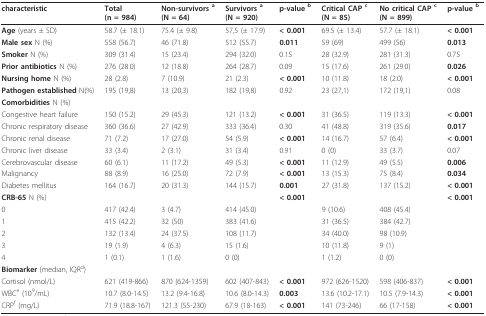
<table><thead><tr><td><b>characteristic</b></td><td><b>Total(n = 984)</b></td><td><b>Non-survivors <sup>a</sup>(N = 64)</b></td><td><b>Survivors <sup>a</sup>(N = 920)</b></td><td><b>p-value <sup>b</sup></b></td><td><b>Critical CAP <sup>c</sup>(N = 85)</b></td><td><b>No critical CAP <sup>c</sup>(N = 899)</b></td><td><b>p-value <sup>b</sup></b></td></tr></thead><tbody><tr><td><b>Age </b>(years ± SD)</td><td>58.7 (± 18.1)</td><td>75.4 (± 9.8)</td><td>57,5 (± 17.9)</td><td><b>&lt; 0.001</b></td><td>69.5 (± 13.4)</td><td>57.7 (± 18.1)</td><td><b>&lt; 0.001</b></td></tr><tr><td><b>Male sex </b>N (%)</td><td>558 (56.7)</td><td>46 (71.8)</td><td>512 (55.7)</td><td><b>0.011</b></td><td>59 (69)</td><td>499 (56)</td><td><b>0.013</b></td></tr><tr><td><b>Smoker </b>N (%)</td><td>309 (31.4)</td><td>15 (23.4)</td><td>294 (32.0)</td><td>0.15</td><td>28 (32.9)</td><td>281 (31.3)</td><td>0.75</td></tr><tr><td><b>Prior antibiotics </b>N (%)</td><td>276 (28.0)</td><td>12 (18.8)</td><td>264 (28.7)</td><td>0.09</td><td>15 (17.6)</td><td>261 (29.0)</td><td><b>0.026</b></td></tr><tr><td><b>Nursing home </b>N (%)</td><td>28 (2.8)</td><td>7 (10.9)</td><td>21 (2.3)</td><td><b>&lt; 0.001</b></td><td>10 (11.8)</td><td>18 (2.0)</td><td><b>&lt; 0.001</b></td></tr><tr><td><b>Pathogen established </b>N(%)</td><td>195 (19,8)</td><td>13 (20,3)</td><td>182 (19,8)</td><td>0.92</td><td>23 (27,1)</td><td>172 (19,1)</td><td>0.08</td></tr><tr><td><b>Comorbidities </b>N (%)</td><td></td><td></td><td></td><td></td><td></td><td></td><td></td></tr><tr><td>Congestive heart failure</td><td>150 (15.2)</td><td>29 (45.3)</td><td>121 (13.2)</td><td><b>&lt; 0.001</b></td><td>31 (36.5)</td><td>119 (13.3)</td><td><b>&lt; 0.001</b></td></tr><tr><td>Chronic respiratory disease</td><td>360 (36.6)</td><td>27 (42.9)</td><td>333 (36.4)</td><td>0.30</td><td>41 (48.8)</td><td>319 (35.6)</td><td><b>0.017</b></td></tr><tr><td>Chronic renal disease</td><td>71 (7.2)</td><td>17 (27.0)</td><td>54 (5.9)</td><td><b>&lt; 0.001</b></td><td>14 (16.7)</td><td>57 (6.4)</td><td><b>&lt; 0.001</b></td></tr><tr><td>Chronic liver disease</td><td>33 (3.4)</td><td>2 (3.1)</td><td>31 (3.4)</td><td>0.91</td><td>0 (0)</td><td>33 (3.7)</td><td>0.07</td></tr><tr><td>Cerebrovascular disease</td><td>60 (6.1)</td><td>11 (17.2)</td><td>49 (5.3)</td><td><b>&lt; 0.001</b></td><td>11 (12.9)</td><td>49 (5.5)</td><td><b>0.006</b></td></tr><tr><td>Malignancy</td><td>88 (8.9)</td><td>16 (25.0)</td><td>72 (7.9)</td><td><b>&lt; 0.001</b></td><td>13 (15.3)</td><td>75 (8.4)</td><td><b>0.034</b></td></tr><tr><td>Diabetes mellitus</td><td>164 (16.7)</td><td>20 (31.3)</td><td>144 (15.7)</td><td><b>0.001</b></td><td>27 (31.8)</td><td>137 (15.2)</td><td><b>&lt; 0.001</b></td></tr><tr><td><b>CRB-65 </b>N (%)</td><td></td><td></td><td></td><td><b>&lt; 0.001</b></td><td></td><td></td><td><b>&lt; 0.001</b></td></tr><tr><td>0</td><td>417 (42.4)</td><td>3 (4.7)</td><td>414 (45.0)</td><td></td><td>9 (10.6)</td><td>408 (45.4)</td><td></td></tr><tr><td>1</td><td>415 (42.2)</td><td>32 (50)</td><td>383 (41.6)</td><td></td><td>31 (36.5)</td><td>384 (42.7)</td><td></td></tr><tr><td>2</td><td>132 (13.4)</td><td>24 (37.5)</td><td>108 (11.7)</td><td></td><td>34 (40.0)</td><td>98 (10.9)</td><td></td></tr><tr><td>3</td><td>19 (1.9)</td><td>4 (6.3)</td><td>15 (1.6)</td><td></td><td>10 (11.8)</td><td>9 (1)</td><td></td></tr><tr><td>4</td><td>1 (0.1)</td><td>1 (1.6)</td><td>0 (0)</td><td></td><td>1 (1.2)</td><td>0 (0)</td><td></td></tr><tr><td><b>Biomarker </b>(median, IQR<sup>d</sup>)</td><td></td><td></td><td></td><td></td><td></td><td></td><td></td></tr><tr><td>Cortisol (nmol/L)</td><td>621 (419-866)</td><td>870 (624-1359)</td><td>602 (407-843)</td><td><b>&lt; 0.001</b></td><td>972 (626-1520)</td><td>598 (406-837)</td><td><b>&lt; 0.001</b></td></tr><tr><td>WBC<sup>e </sup>(10<sup>9</sup>/mL)</td><td>10.7 (8.0-14.5)</td><td>13.2 (9.4-16.8)</td><td>10.6 (8.0-14.3)</td><td><b>0.003</b></td><td>13.6 (10.2-17.1)</td><td>10.5 (7.9-14.3)</td><td><b>&lt; 0.001</b></td></tr><tr><td>CRP<sup>f </sup>(mg/L)</td><td>71.9 (18.8-167)</td><td>121.3 (55-230)</td><td>67.9 (18-163)</td><td><b>&lt; 0.001</b></td><td>141 (73-246)</td><td>66 (17-158)</td><td><b>&lt; 0.001</b></td></tr></tbody></table>